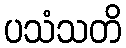
ပသံသတိ